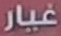
غيار